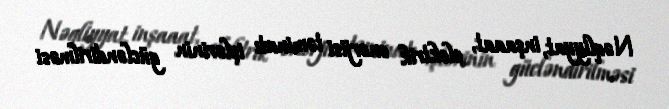
Nəqliyyat, inşaaat, elektrik enerjisi təminatı işlərinin gücləndirilməsi